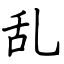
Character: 乱